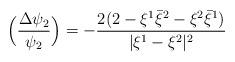
LaTeX: \begin{align*}\Big(\frac{\Delta \psi_2}{\psi_2}\Big)=-\frac{2(2-\xi^1\bar{\xi}^2-\xi^2\bar{\xi}^1)}{|\xi^1-\xi^2|^2} \end{align*}